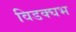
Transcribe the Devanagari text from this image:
विडक्घभ